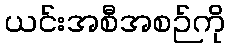
ယင်းအစီအစဉ်ကို